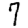
Digit: 7